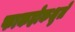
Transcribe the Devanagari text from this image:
फाकहोकशुले